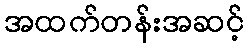
အထက်တန်းအဆင့်